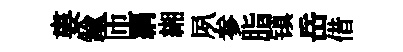
婁鍮匝絹緗夙参脂镇岳借